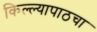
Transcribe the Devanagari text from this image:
किल्ल्यापाठचा